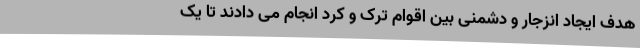
هدف ایجاد انزجار و دشمنی بین اقوام ترک و کرد انجام می دادند تا یک